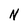
Character: N